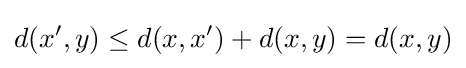
d(x',y)\leq d(x,x')+d(x,y)=d(x,y)